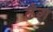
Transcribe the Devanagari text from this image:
ढंग़